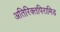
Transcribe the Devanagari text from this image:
अतिरिक्तपिरामिड